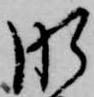
肝